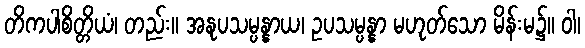
တိကပါစိတ္တိယံ၊ တည်း။ အနုပသမ္ပန္နာယ၊ ဥပသမ္ပန္နာ မဟုတ်သော မိန်းမ၌။ ဝါ၊